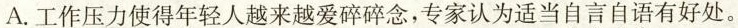
A. 工作压力使得年轻人越来越爱碎碎念，专家认为适当自言自语有好处。